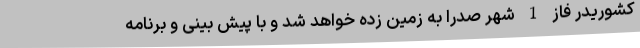
کشوریدر فاز 1 شهر صدرا به زمین زده خواهد شد و با پیش بینی و برنامه